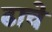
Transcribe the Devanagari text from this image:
ढाचे